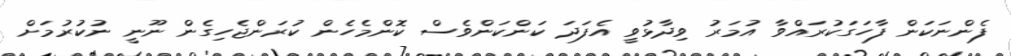
ފެންނަކަން ފާހަގަކުރައްވާ އުމަރު ވިދާޅުވީ އެފަދަ ކަންކަންވެސް ކޮންމެހެން ކުރަންޖެހިގެން ނޫނީ ނުކުރުމަށް